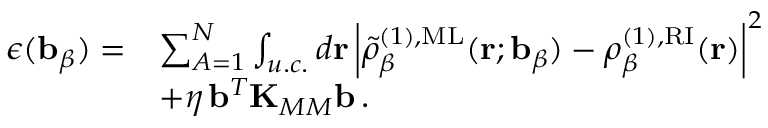
\begin{array} { r l } { \epsilon ( \mathbf { b } _ { \beta } ) = } & { \sum _ { A = 1 } ^ { N } \int _ { u . c . } d \mathbf { r } \left| \tilde { \rho } _ { \beta } ^ { ( 1 ) , \mathrm { M L } } ( \mathbf { r } ; \mathbf { b } _ { \beta } ) - \rho _ { \beta } ^ { ( 1 ) , \mathrm { R I } } ( \mathbf { r } ) \right| ^ { 2 } } \\ & { + \eta \, \mathbf { b } ^ { T } \mathbf { K } _ { M M } \mathbf { b } \, . } \end{array}